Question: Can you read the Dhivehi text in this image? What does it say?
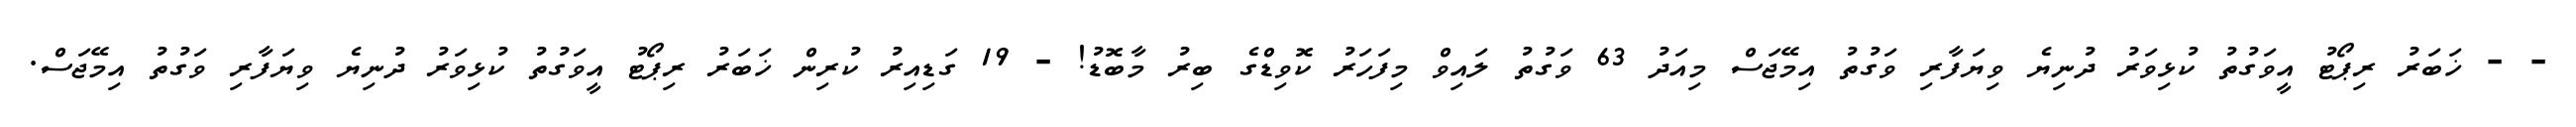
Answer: - - ޚަބަރު ރިޕޯޓު އީވަގުތު ކުޅިވަރު ދުނިޔެ ވިޔަފާރި ވަގުތު އިމޭޖަސް މިއަދު 63 ވަގުތު ލައިވް މިފަހަރު ކޮވިޑްގެ ބިރު މާބޮޑު! - 19 ގަޑިއިރު ކުރިން ޚަބަރު ރިޕޯޓު އީވަގުތު ކުޅިވަރު ދުނިޔެ ވިޔަފާރި ވަގުތު އިމޭޖަސް.